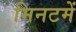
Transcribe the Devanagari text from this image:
मिनटमें